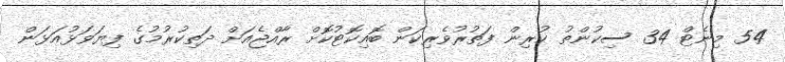
54 މިނެޓް 34 ސިކުންތު ކުރިން ފަތުރުވެރިކަން ބޮއިކޮޓުކޮށް ރާއްޖެއަށް ދަތިކުރުމުގެ ފިޔަވަޅުއަޅަން